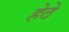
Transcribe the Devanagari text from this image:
हेठे